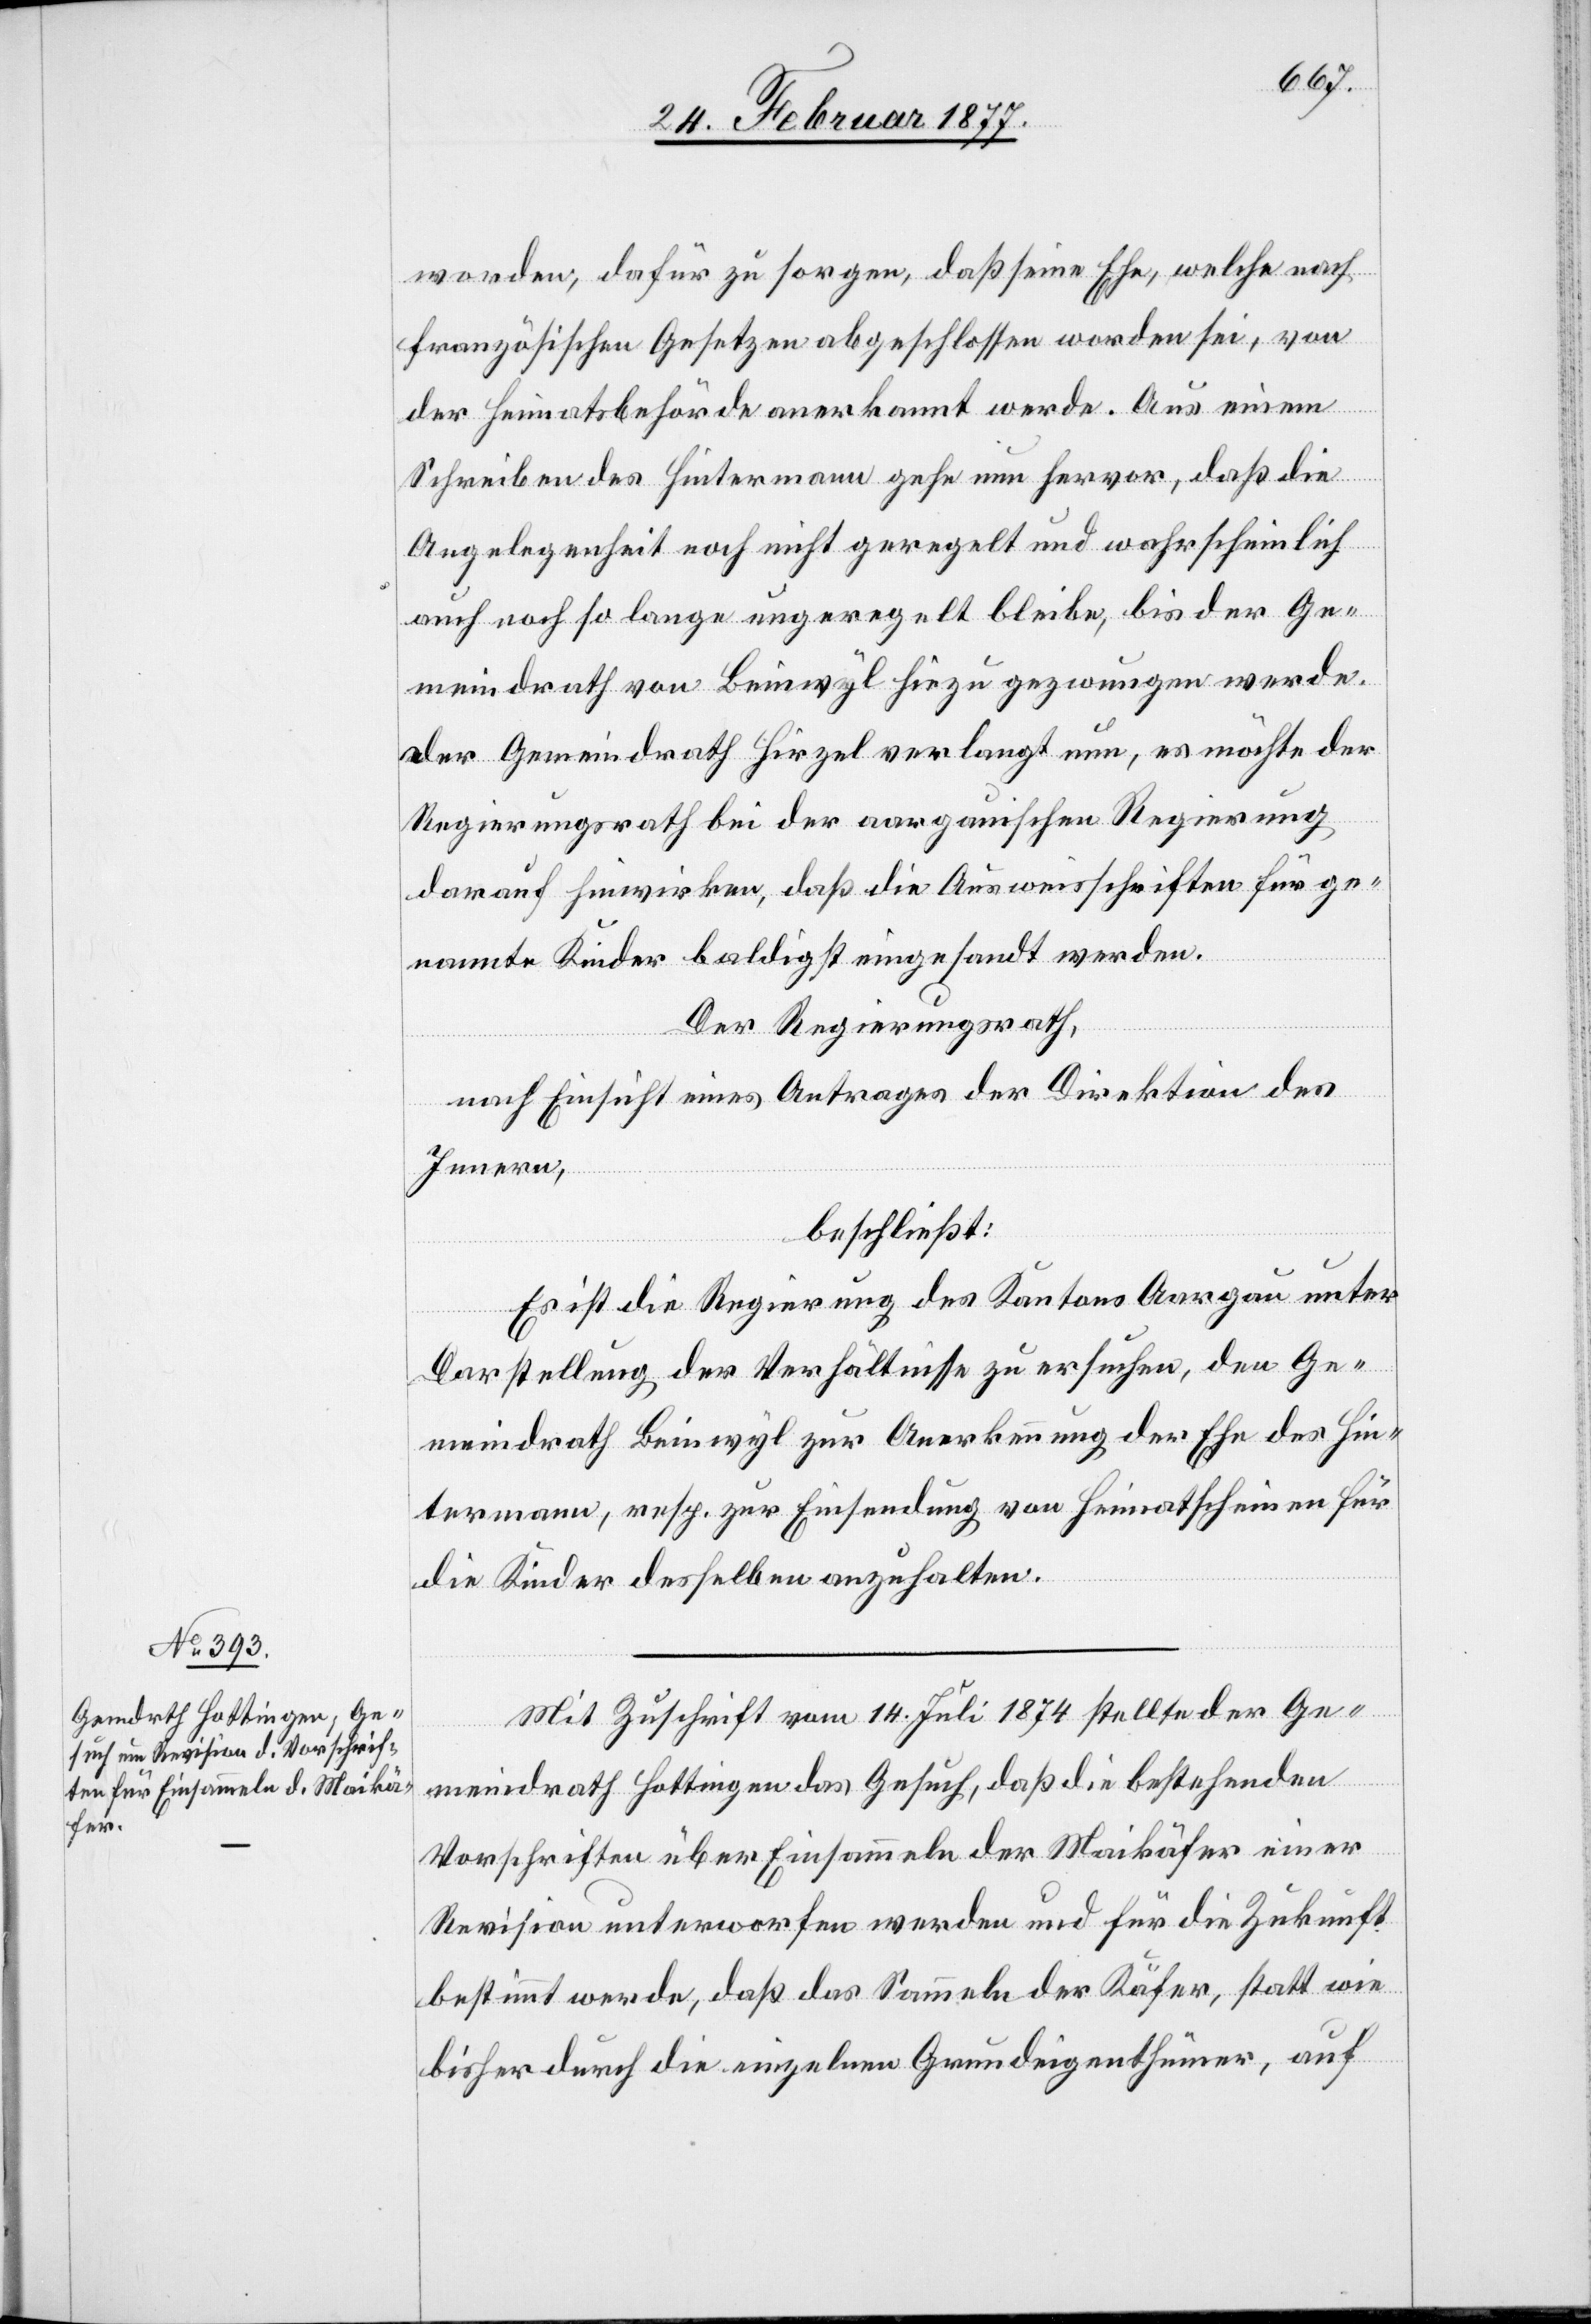
worden, dafür zu sorgen, daß seine Ehe, welche nach
französischen Gesetzen abgeschlossen worden sei, von
der Heimatbehörde anerkannt werde. Aus einem
Schreiben des Hintermann gehe nun hervor, daß die
Angelegenheit noch nicht geregelt und wahrscheinlich
auch noch so lange ungeregelt bleibe, bis der Ge¬
meindrath von Beinwyl hiezu gezwungen werde.
Der Gemeindrath Hirzel verlangt nun, es möchte der
Regierungsrath bei der aargauischen Regierung
darauf hinwirken, daß die Ausweisschriften für ge¬
nannte Kinder baldigst eingesandt werden.
Der Regierungsrath,
nach Einsicht eines Antrages der Direktion des
Innern,
beschließt:
Es ist die Regierung des Kantons Aargau unter
Darstellung der Verhältnisse zu ersuchen, den Ge¬
meindrath Beinwyl zur Anerkennung der Ehe des Hin¬
termann, resp. zur Einsendung von Heimatscheinen für
die Kinder desselben anzuhalten.
Mit Zuschrift vom 14. Juli 1874 stellte der Ge¬
meindrath Hottingen das Gesuch, daß die bestehenden
Vorschriften über Einsammeln der Maikäfer einer
Revision unterworfen werden und für die Zukunft
bestimmt werde, daß das Sammeln der Käfer, statt wie
bisher durch die einzelnen Grundeigenthümer, auf